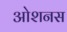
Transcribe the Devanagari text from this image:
ओशनस